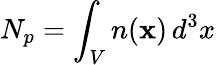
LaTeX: N_{p}=\int_{V}n({\mathbf x})\, d^{3}x